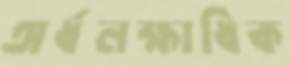
অর্ধলক্ষাধিক